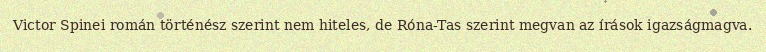
Victor Spinei román történész szerint nem hiteles, de Róna-Tas szerint megvan az írások igazságmagva.